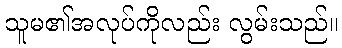
သူမ၏အလုပ်ကိုလည်း လွမ်းသည်။